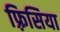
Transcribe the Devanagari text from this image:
फ़्रिसिया